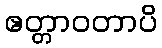
ဧတ္တာဝတာပိ